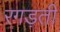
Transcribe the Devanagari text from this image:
रगड़ती